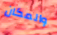
والمكان